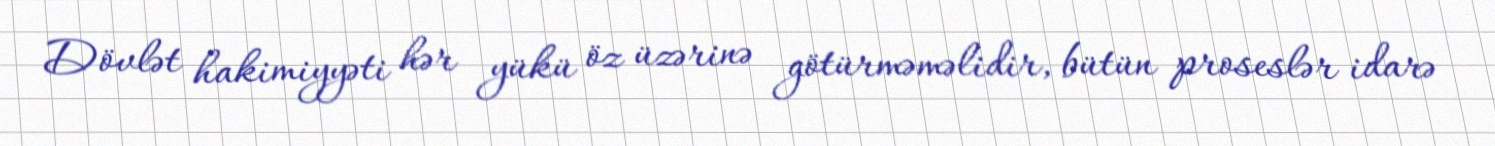
Dövlət hakimiyyəti hər yükü öz üzərinə götürməməlidir, bütün proseslər idarə